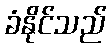
ခံနိုင်သည်